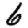
Digit: 6